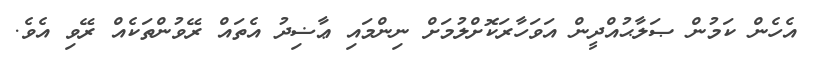
އެހެން ކަމުން ޞަލާޙުއްދީން އަވަހާރަކޮށްލުމަށް ނިންމައި ޢާޟިދު އެތައް ރޭވުންތަކެއް ރޭވި އެވެ.